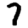
Digit: 7